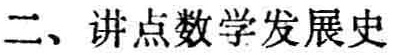
二、讲点数学发展史